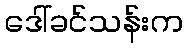
ဒေါ်ခင်သန်းက